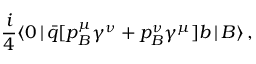
{ \frac { i } { 4 } } \langle 0 \, | \, \bar { q } [ p _ { B } ^ { \mu } \gamma ^ { \nu } + p _ { B } ^ { \nu } \gamma ^ { \mu } ] b \, | \, B \rangle \, ,